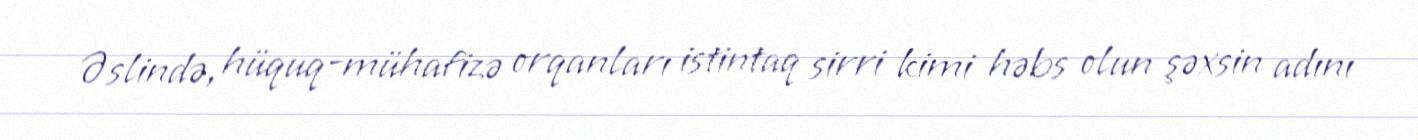
Əslində, hüquq-mühafizə orqanları istintaq sirri kimi həbs olun şəxsin adını